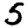
Digit: 5